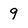
Character: 9